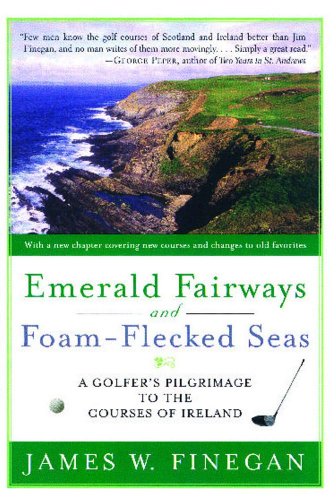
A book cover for Emerald Fairways and Foam-Flecked Seas: A Golfer's Pilgrimage to the Courses of Ireland; James W. Finegan; Travel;